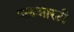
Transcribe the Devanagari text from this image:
एलआरटी